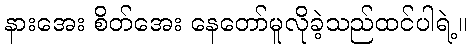
နားအေး စိတ်အေး နေတော်မူလိုခဲ့သည်ထင်ပါရဲ့။